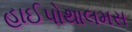
હાઈપોથાલમસ